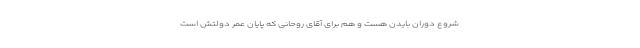
شروع دوران بایدن هست و هم برای آقای روحانی که پایان عمر دولتش است